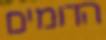
הדומים